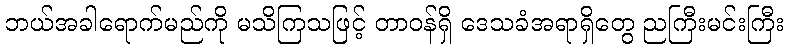
ဘယ်အခါရောက်မည်ကို မသိကြသဖြင့် တာဝန်ရှိ ဒေသခံအရာရှိတွေ ညကြီးမင်းကြီး